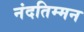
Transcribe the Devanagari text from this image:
नंदतिम्मन